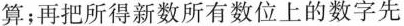
算；再把所得新数所有数位上的数字先